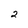
Character: 2